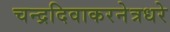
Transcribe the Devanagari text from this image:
चन्द्रदिवाकरनेत्रधरे